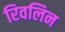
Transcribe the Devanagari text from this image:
रिवलिन